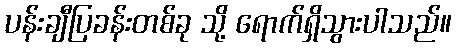
ပန်းချီပြခန်းတစ်ခု သို့ ရောက်ရှိသွားပါသည်။